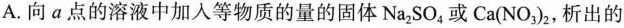
A.向a点的溶液中加入等物质的量的固体Na_{2}SO_{4}或Ca(NO_{3})_{2}，析出的